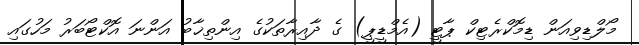
މޯލްޑިވިއަން ޑިމޮކްރެޓިކް ޕާޓީ (އެމްޑީޕީ) ގެ ދާއިރާތަކުގެ އިންތިޚާބު އަންނަ އޮކްޓޯބަރު މަހުގައި